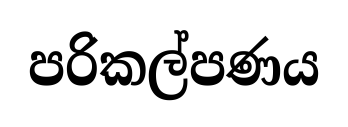
පරිකල්පණය